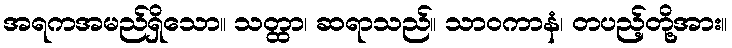
အရကအမည်ရှိသော။ သတ္ထာ၊ ဆရာသည်။ သာဝကာနံ၊ တပည့်တို့အား။